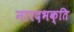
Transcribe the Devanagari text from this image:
नारदभक्ति